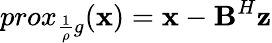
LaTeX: prox_{\frac{1}{\rho}g}(\textbf{x})=\textbf{x}-\textbf{B}^{H}\textbf{z}